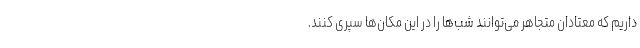
داریم که معتادان متجاهر می‌توانند شب‌ها را در این مکان‌ها سپری کنند.